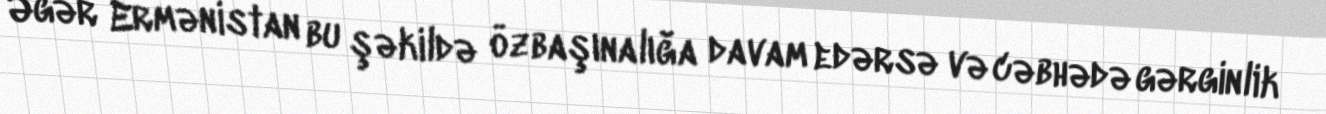
Əgər Ermənistan bu şəkildə özbaşınalığa davam edərsə və cəbhədə gərginlik